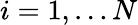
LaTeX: i=1,\ldots N